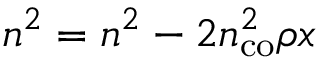
n ^ { 2 } = n ^ { 2 } - 2 n _ { \mathrm { c o } } ^ { 2 } \rho x